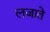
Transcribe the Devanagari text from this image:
लजाते